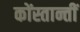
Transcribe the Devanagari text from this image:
कोंस्तान्तीं